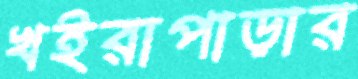
খইরাপাড়ার